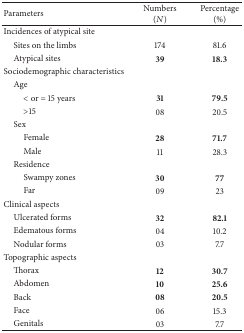
<table><thead><tr><td><b>Parameters</b></td><td><b>Numbers (<i>N</i>)</b></td><td><b>Percentage (%)</b></td></tr></thead><tbody><tr><td>Incidences of atypical site</td><td> </td><td> </td></tr><tr><td> Sites on the limbs</td><td>174</td><td>81.6</td></tr><tr><td> Atypical sites </td><td><b>39</b></td><td><b>18.3</b></td></tr><tr><td>Sociodemographic characteristics</td><td> </td><td> </td></tr><tr><td> Age</td><td> </td><td> </td></tr><tr><td>&lt; or = 15 years</td><td><b>31</b></td><td><b>79.5</b></td></tr><tr><td>&gt;15</td><td>08</td><td>20.5</td></tr><tr><td> Sex</td><td> </td><td> </td></tr><tr><td>Female</td><td><b>28</b></td><td><b>71.7</b></td></tr><tr><td>Male</td><td>11</td><td>28.3</td></tr><tr><td> Residence</td><td> </td><td> </td></tr><tr><td>Swampy zones </td><td><b>30</b></td><td><b>77</b></td></tr><tr><td>Far</td><td>09</td><td>23</td></tr><tr><td>Clinical aspects</td><td> </td><td> </td></tr><tr><td> Ulcerated forms </td><td><b>32</b></td><td><b>82.1</b></td></tr><tr><td> Edematous forms </td><td>04</td><td>10.2</td></tr><tr><td> Nodular forms </td><td>03</td><td>7.7</td></tr><tr><td>Topographic aspects</td><td> </td><td> </td></tr><tr><td> Thorax</td><td><b>12</b></td><td><b>30.7</b></td></tr><tr><td> Abdomen</td><td><b>10</b></td><td><b>25.6</b></td></tr><tr><td> Back</td><td><b>08</b></td><td><b>20.5</b></td></tr><tr><td> Face</td><td>06</td><td>15.3</td></tr><tr><td> Genitals</td><td>03</td><td>7.7</td></tr></tbody></table>